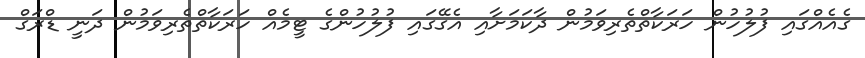
ގެއެއްގައި ފުލުހުން ހަރަކާތްތެރިވަމުން ދާކަމަށާއި އެގޭގައި ފުލުހުންގެ ޓީމެއް ހަރަކާތްތެރިވަމުން ދަނީ ޑްރަގް